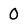
Character: O